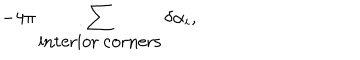
- 4 \pi \sum _ { \mathrm { i n t e r i o r ~ c o r n e r s } } \delta \alpha _ { i } ,